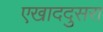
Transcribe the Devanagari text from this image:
एखाददुसरा